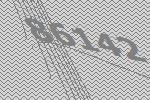
86142